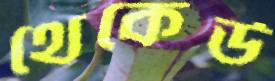
থেকেউ